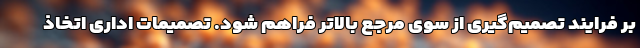
بر فرایند تصمیم‌گیری از سوی مرجع بالاتر فراهم شود. تصمیمات اداری اتخاذ